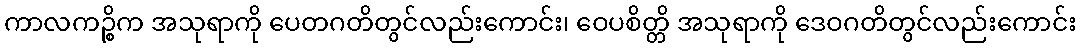
ကာလကဉ္စိက အသုရာကို ပေတဂတိတွင်လည်းကောင်း၊ ဝေပစိတ္တိ အသုရာကို ဒေဝဂတိတွင်လည်းကောင်း